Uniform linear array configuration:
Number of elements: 12
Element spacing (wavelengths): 0.75
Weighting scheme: exponential
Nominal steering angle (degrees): -30
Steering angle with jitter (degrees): -31.879
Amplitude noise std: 0.05
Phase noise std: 0.05

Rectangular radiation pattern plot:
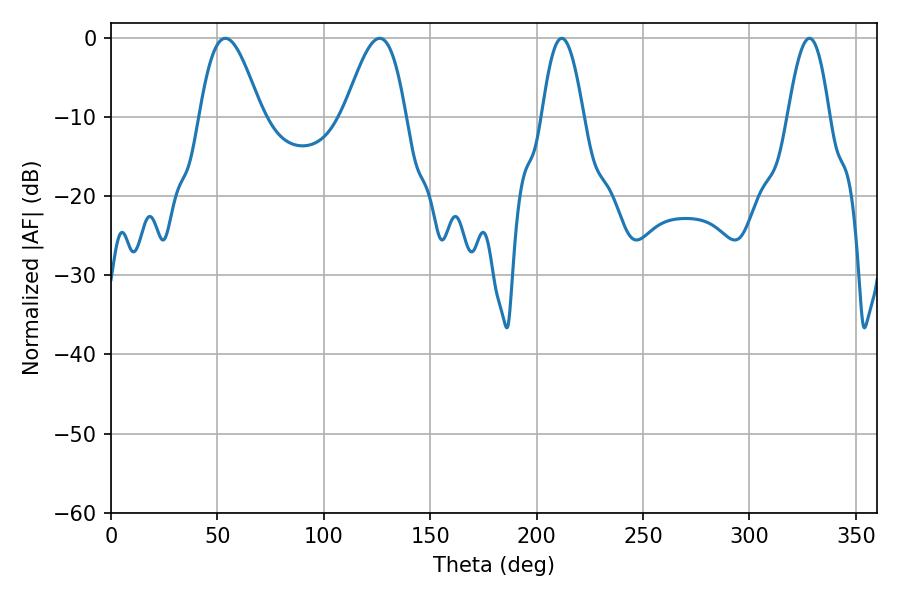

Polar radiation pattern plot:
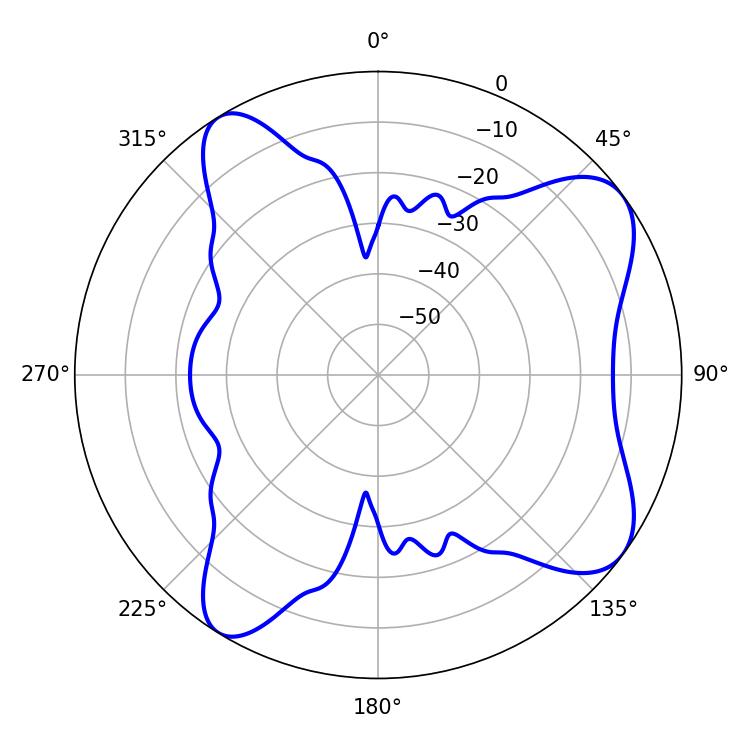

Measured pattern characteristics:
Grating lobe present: TRUE
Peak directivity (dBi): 8.286
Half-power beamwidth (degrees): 15.48
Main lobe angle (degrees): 53.82